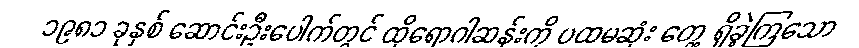
၁၉၈၁ ခုနှစ် ဆောင်းဦးပေါက်တွင် ထိုရောဂါဆန်းကို ပထမဆုံး တွေ့ ရှိခဲ့ကြသော